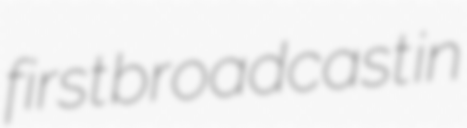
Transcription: first broadcast in